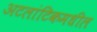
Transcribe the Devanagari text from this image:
अटलांटिकमधील